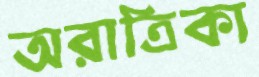
অরাত্রিকা